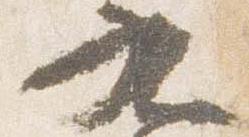
九